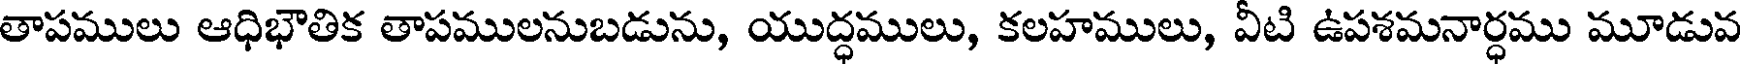
తాపములు ఆధిభౌతిక తాపములనుబడును, యుద్ధములు, కలహములు, వీటి ఉపశమనార్ధము మూడువ